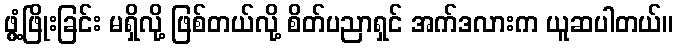
ဖွံ့ဖြိုးခြင်း မရှိလို့ ဖြစ်တယ်လို့ စိတ်ပညာရှင် အက်ဒလားက ယူဆပါတယ်။